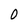
Character: 0